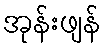
အုန်းဖျန်